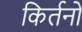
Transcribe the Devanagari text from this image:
किर्तनों